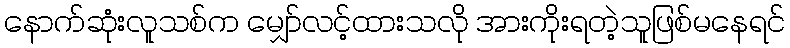
နောက်ဆုံးလူသစ်က မျှော်လင့်ထားသလို အားကိုးရတဲ့သူဖြစ်မနေရင်